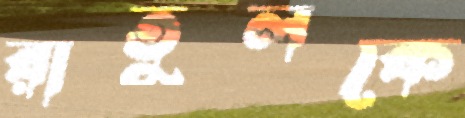
রাতুলকে